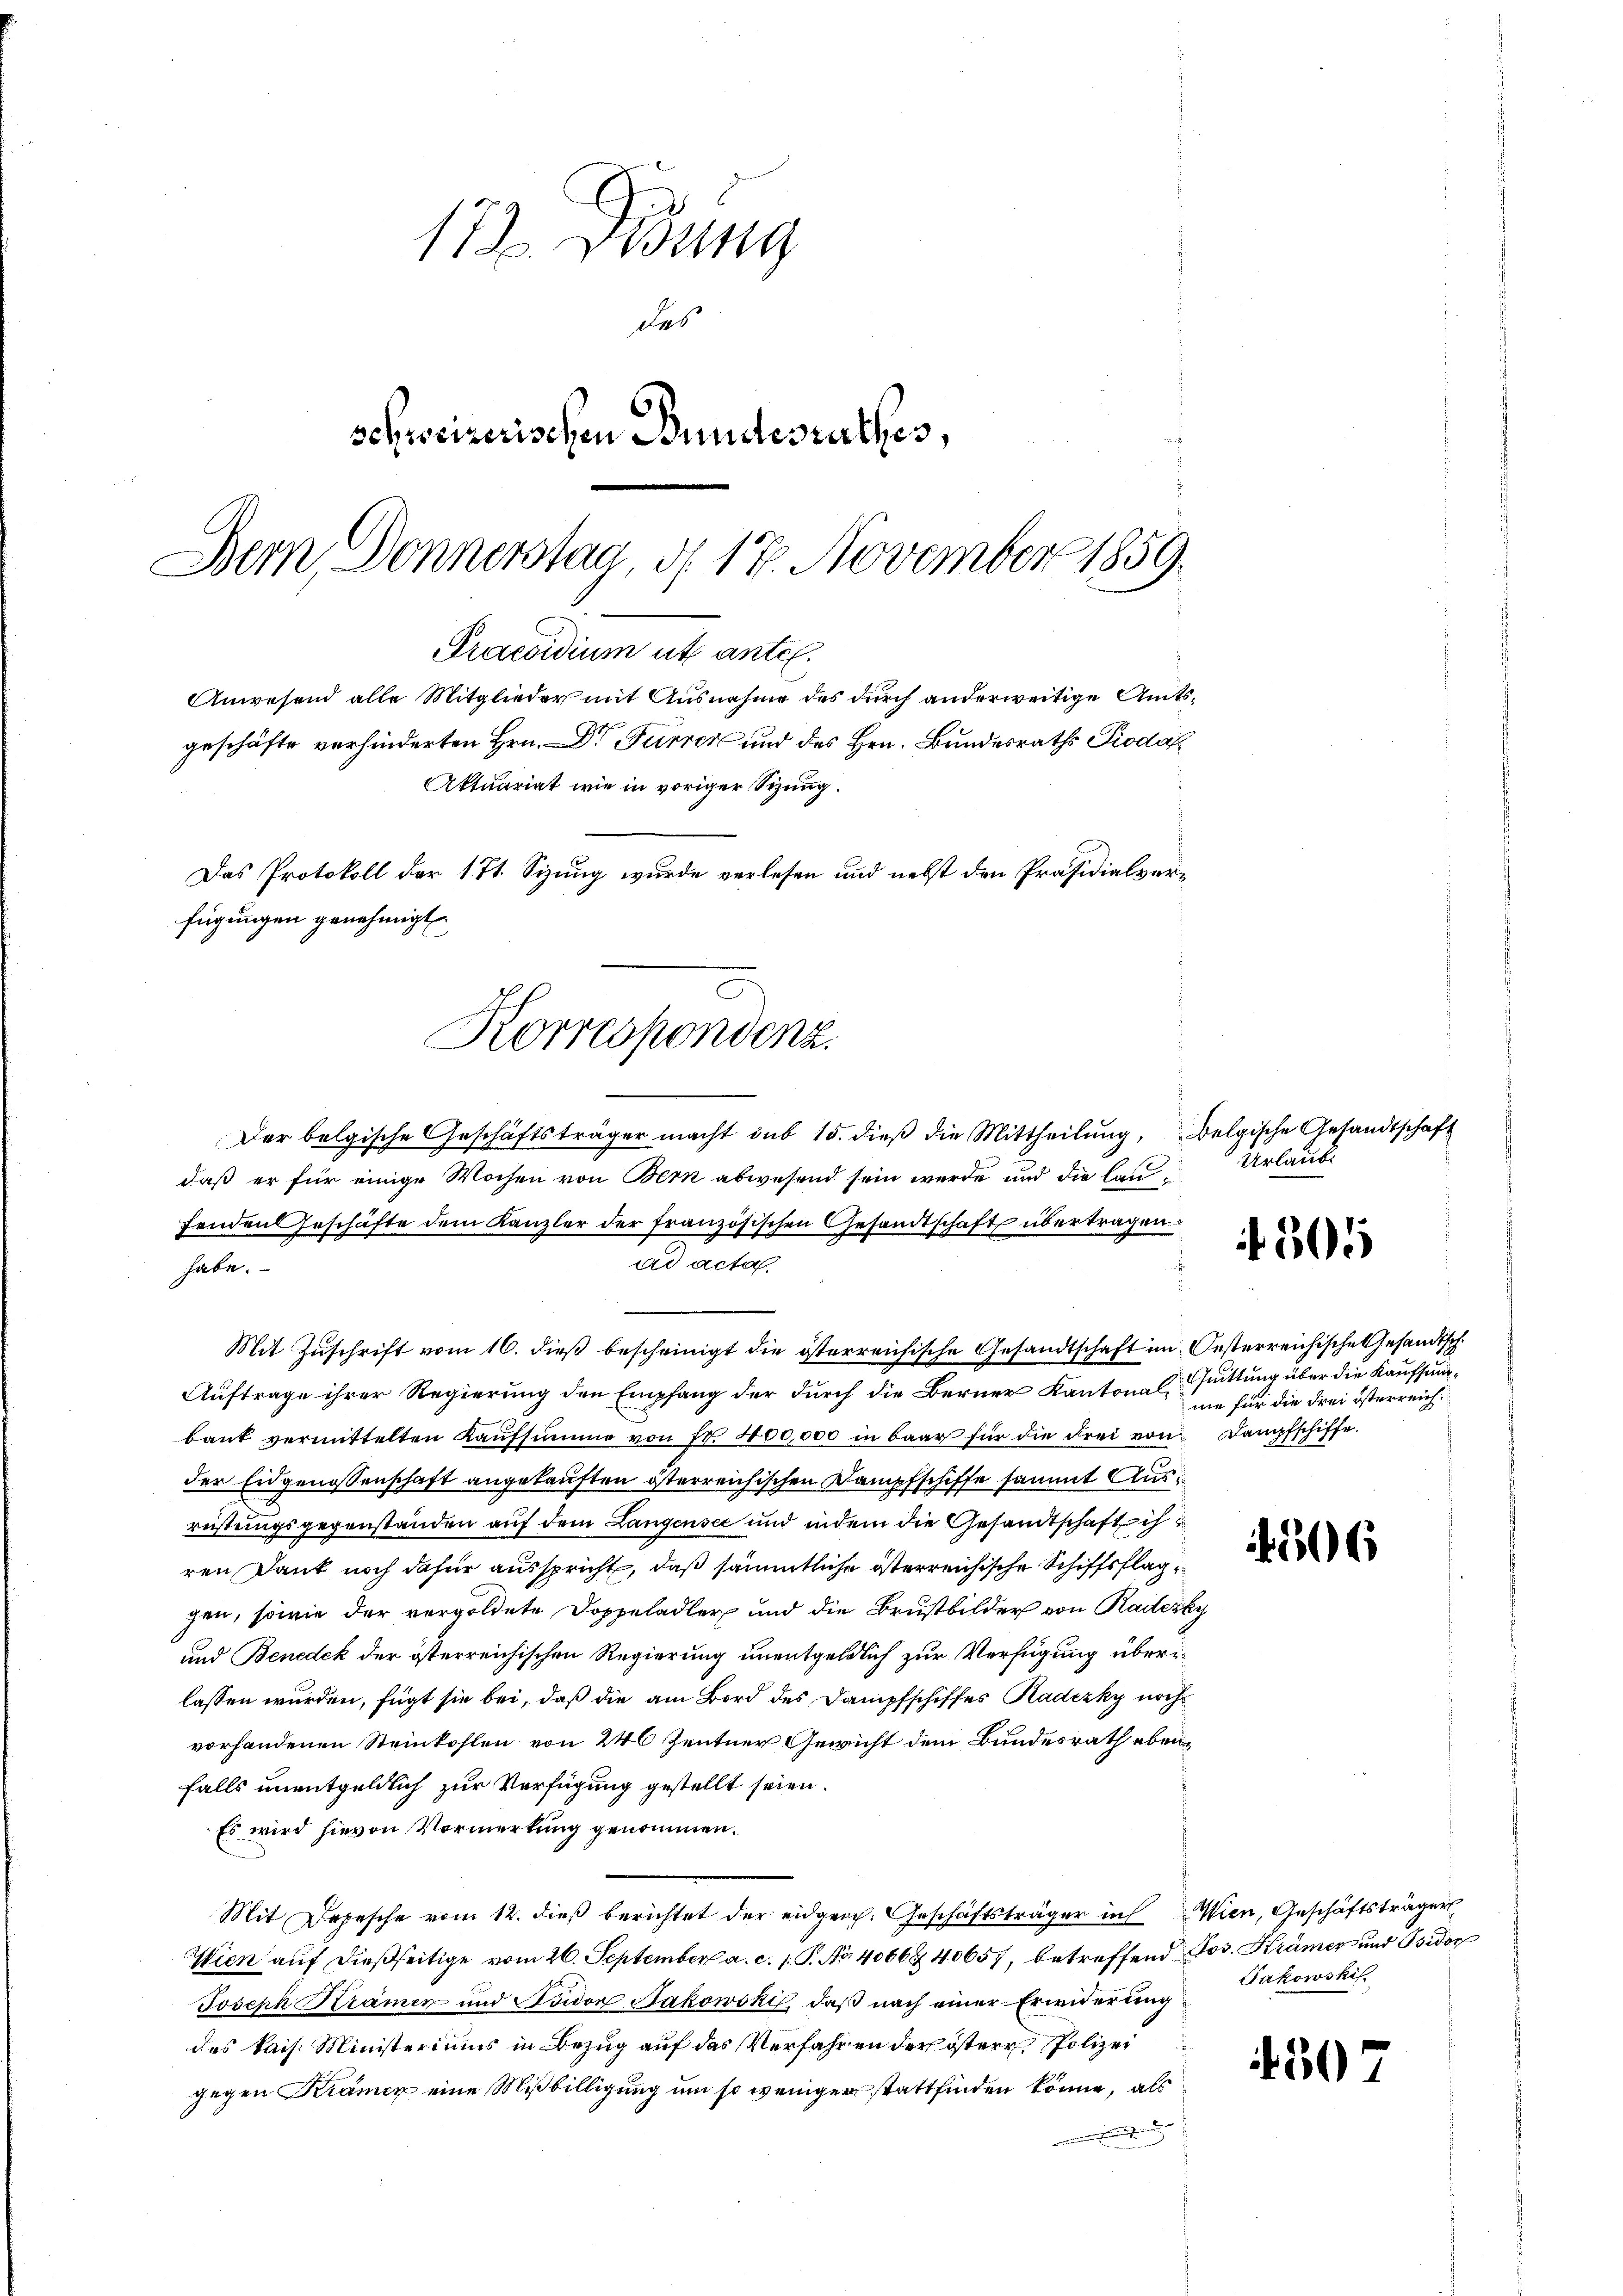
17. Weng
des
schweizerischen Bundesrathes,
Bern, Donnerstag, d. 17. November 1859.

Praesidium ut antel.
Anwesend alle Mitglieder mit Ausnahme des durch anderweitige Amtsgeschäfte verhinderten Hrn. Dr Furrer und des Hrn. Bundesraths Pioda
Aktuariat wie in voriger Sizung.
Das Protokoll der 171. Sizung wurde verlesen und nebst den Präsidialverfügungen genehmigt.
Korrespondenz.

Der belgische Geschäftsträger macht sub 15. dieβ die Mittheilŭng, Belgische Gesandtschaft
daß er für einige Wochen von Bern abwesend sein werde und die lau
fenden Geschäfte dem Kanzler der französischen Gesandtschaft übertragen
ad acta
habe.
Mit Zŭschrift vom 16. dieβ bescheinigt die österreichische Gesandtschaft im Oesterreichische Gesandtsch.
Auftrage ihrer Regierung den Empfang der durch die Berner Kantonal Quittung über die Kaufsundbaut vermittelten Kaŭfsumme von Fr. 400,000 in baar für die Frei von Dampfschiffe.
der Eidgenossenschaft angekauften österreichischen Dampfschiffe sammt Ausreistungsgegenständen auf dem Langensee und indem die Gesandtschaft ih
ren Dank noch dafür ausspricht, daß sämmtliche österreichische Schiffsflag
gen, sowie der vergoldete Doppeladler und die Brustbilder von Radesky
und Benedek der österreichischen Regierung unentgeldlich zur Verfügung überilassen wurden, fügt sie bei, daß die am Bord des Dampfschiffes Radezky noch
vorhandenen Steinkohlen von 240 Zentner Gewicht dem Bundesrath ebenfalls unentgeldlich zur Verfügung gestellt seien.
Es wird hievon Vormerkung genommen.
Mit Depesche vom 12. dieß berichtet der eidgen. Geschäftsträger in Wien, Geschäftsträger
Wien auf dießseitige vom 26. September a. c. 1. P. Nr. 4066 40657, betreffend Jos. Krämer und Ovidon
Joseph Krämer und Sowor Jakowski, daß nach einer Erwiderung
des kais. Ministeriums in Bezug auf das Verfahren der östere Polizei
gegen Kramer eine Mißbilligung um so weniger stattfinden könne, als

Urlaube

305

ne für die drei österreich¬

36

Jakowski.

1507